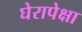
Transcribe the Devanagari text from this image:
घेरापेक्षा